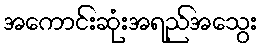
အကောင်းဆုံးအရည်အသွေး